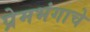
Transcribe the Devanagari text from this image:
प्रेमभंगाचे